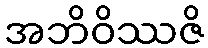
အဘိဝိဿဇိ